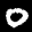
Label: 0